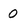
Character: 0